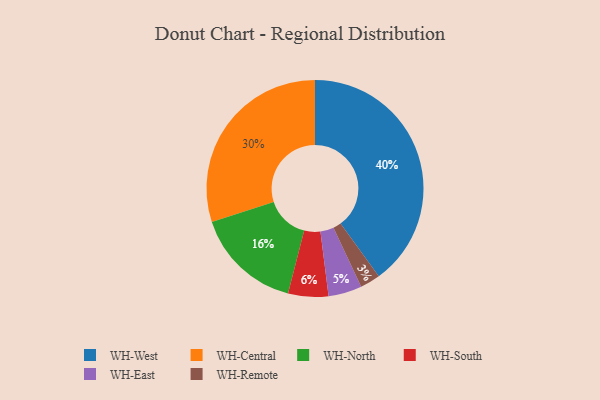
{"axis": {"x": "Category", "y": "Percentage"}, "legend": ["WH-Central", "WH-East", "WH-North", "WH-Remote", "WH-South", "WH-West"], "data": [{"x": "WH-South", "y": 6, "type": "WH-South"}, {"x": "WH-North", "y": 16, "type": "WH-North"}, {"x": "WH-West", "y": 40, "type": "WH-West"}, {"x": "WH-Central", "y": 30, "type": "WH-Central"}, {"x": "WH-East", "y": 5, "type": "WH-East"}, {"x": "WH-Remote", "y": 3, "type": "WH-Remote"}]}